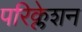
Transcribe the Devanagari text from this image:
परिक्लेशन